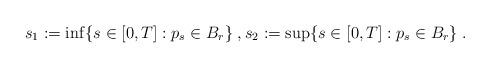
LaTeX: \begin{align*} s_1:=\inf\{s\in[0,T]:p_s\in B_r\}\;,s_2:=\sup\{s\in[0,T]:p_s\in B_r\}\;. \end{align*}